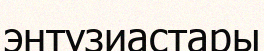
энтузиастары